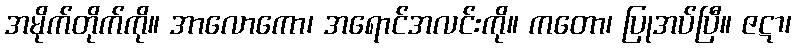
အမိုက်တိုက်ကို။ အာလောကော၊ အရောင်အလင်းကို။ ကတော၊ ပြုအပ်ပြီ။ ဇဋာ၊